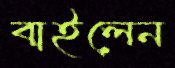
বাইলেন